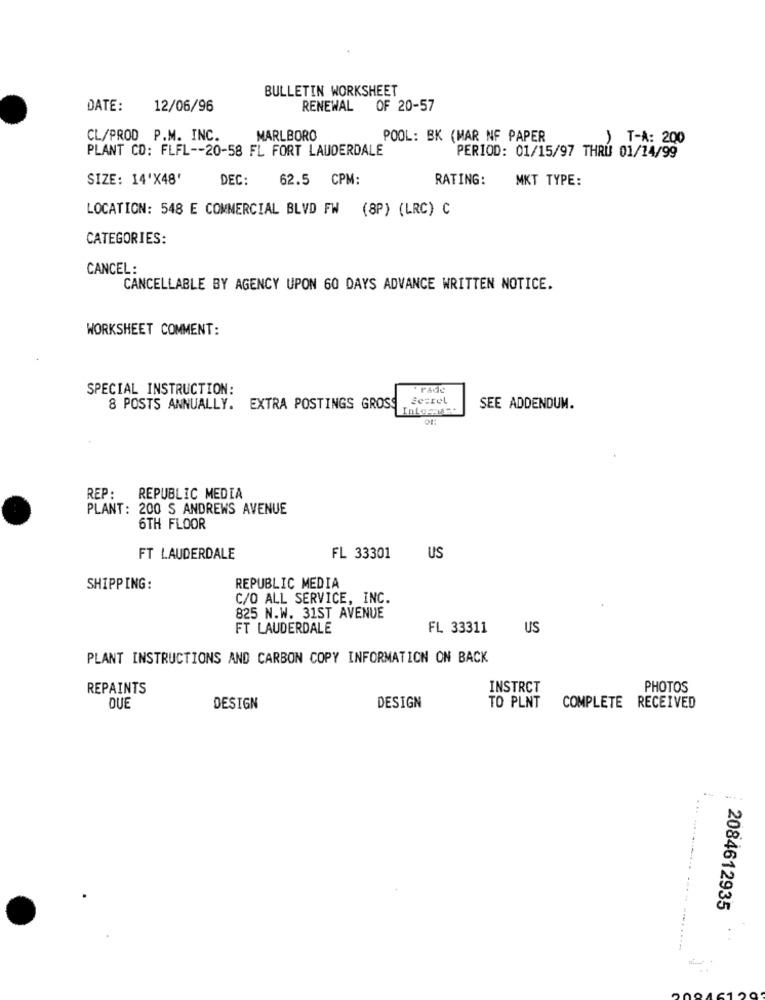
BULLETIN WORKSHEET
DATE:
12/06/96
RENEWAL OF 20-57
CL/PROD P.M. INC.
MARLBORO
POOL: BK (MAR NF PAPER
) T-A: 200
PLANT CD: FLFL -- 20-58 FL FORT LAUDERDALE
PERIOD: 01/15/97 THRU 01/14/99
SIZE: 14'X48'
DEC:
62.5 CPM:
RATING:
MKT TYPE:
LOCATION: 548 E COMMERCIAL BLVD FW (8P) (LRC) C
CATEGORIES:
CANCEL:
CANCELLABLE BY AGENCY UPON 60 DAYS ADVANCE WRITTEN NOTICE.
WORKSHEET COMMENT:
SPECIAL INSTRUCTION:
rade
Secret
8 POSTS ANNUALLY. EXTRA POSTINGS GROSS
SEE ADDENDUM.
REP:
REPUBLIC MEDIA
PLANT: 200 S ANDREWS AVENUE
6TH FLOOR
FT LAUDERDALE
FL 33301
US
SHIPPING:
REPUBLIC MEDIA
C/O ALL SERVICE, INC.
825 N.W. 31ST AVENUE
FT LAUDERDALE
FL 33311
US
PLANT INSTRUCTIONS AND CARBON COPY INFORMATION ON BACK
REPAINTS
INSTRCT
PHOTOS
DUE
DESIGN
DESIGN
TO PLNT
COMPLETE RECEIVED
...
2084612935